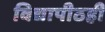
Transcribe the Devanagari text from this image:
विद्यापीठही